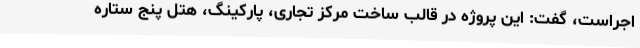
اجراست، گفت: این پروژه در قالب ساخت مرکز تجاری، پارکینگ، هتل پنج ستاره